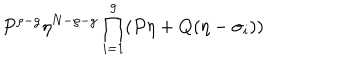
LaTeX: P ^ { \rho - g } \eta ^ { N - \rho - g } \prod _ { i = 1 } ^ { g } ( P \eta + Q ( \eta - \sigma _ { i } ) )